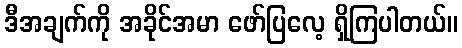
ဒီအချက်ကို အခိုင်အမာ ဖော်ပြလေ့ ရှိကြပါတယ်။